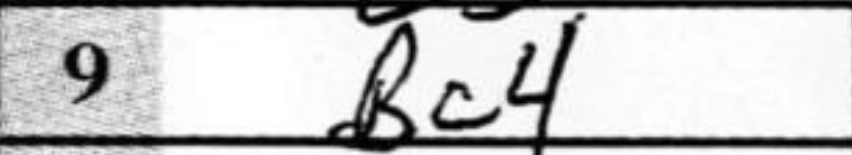
Transcription: Bc4